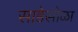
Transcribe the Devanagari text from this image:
साडेसोळा